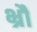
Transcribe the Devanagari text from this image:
भ्रौं